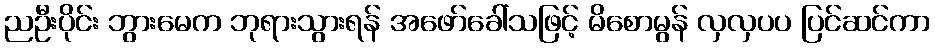
ညဦးပိုင်း ဘွားမေက ဘုရားသွားရန် အဖော်ခေါ်သဖြင့် မိစောမွန် လှလှပပ ပြင်ဆင်ကာ